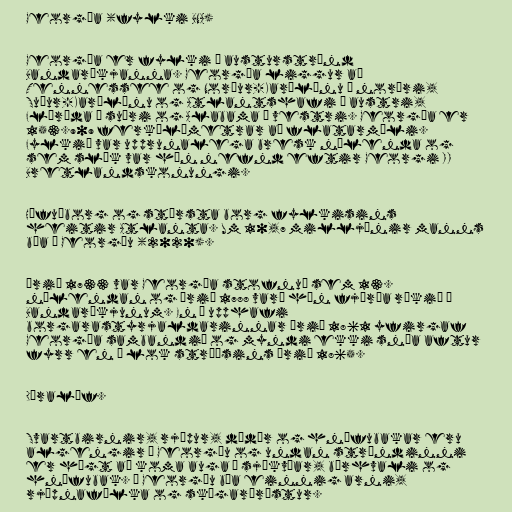
Georgía (fylki BNA)

Georgía er fylki á austurströnd
Bandaríkjanna. Georgía liggur að
Tennessee og Norður-Karólínu í norðri,
Suður-Karólínu og Atlantshafi í austri,
Flórída í suðri og Alabama í vestri. Georgía er
153.909 ferkílómetrar að flatarmáli.
Fylkið var upprunalega bresk nýlenda og
sem slík var hún nefnd eftir Georgi II
Bretlandskonungi.

Höfuðborg og stærsta borg fylkisins
heitir Atlanta. Um 10,7 milljónir manns
búa í Georgíu (2020).

Árið 1733 var Georgía stofnuð sem 13.
nýlendan og árið 1788 varð hún fjórða ríkið í
Bandaríkjunum. En í upphafi
borgarastyrjaldarinnar árið 1861 yfirgaf
Georgía sambandið og myndi ekki snúa aftur
fyrr en í lok stríðsins árið 1865.

Dýralíf.

Svartbirnir, rjúpur, dádýr og hnúfubakar eru
algengir í Georgíu og undan ströndinni
er hægt að koma auga á sjókvíar, búrhvali og
hnúfubak. Í Georgíu búa einnig arni,
rjúpnafálka og skógarþröstur.